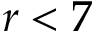
r < 7